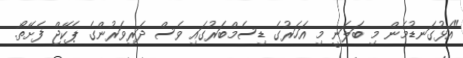
"އަޅުގަނޑުމެން މި ބަލަނީ މި އަހަރުގެ ޑިސެމްބަރުގައި ވެސް ދަރިވަރުންގެ ޕެކޭޖް ފެށޭތޯ.